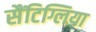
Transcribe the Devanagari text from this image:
सैंटिग्लिया